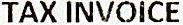
TAX INVOICE